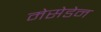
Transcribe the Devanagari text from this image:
मेसेडेन